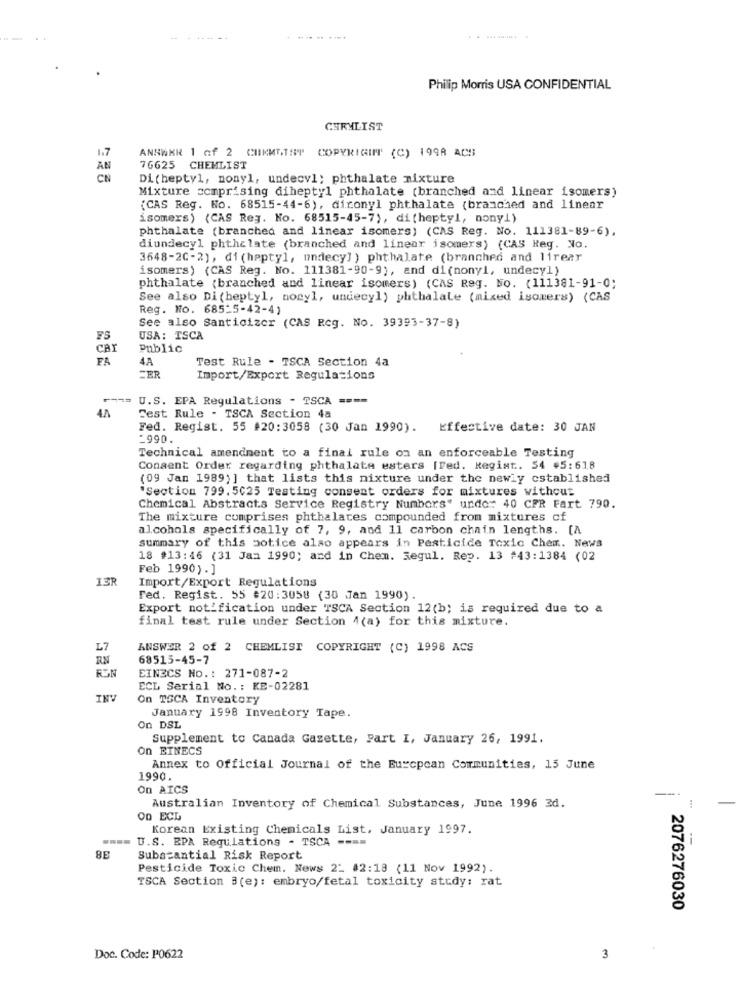
--
Philip Morris USA CONFIDENTIAL
CHRYLIST
ANSWER 1 of 2 CUKMEIST COPYRIGHT (C) 1998 ACS
1.7
AN
76625 CHEMLIST
CN
Di (heptyl, nonyl, undecv1; phthalate mixture
Mixture comprising diheptyl phthalate (branched and linear isomers)
(CAS Reg. No. 68515-44-6), dironyl phthalate (branched and linear
isomers) (CAS Reg. No. 68515-45-7), di (heptyl, nonyl)
phthalate (branched and linear isomers) (CAS Reg. No. 111381-89-6),
diundecyl phthelate (branched and linear isomers) (CAS Reg. No.
3648-20-2), di (heptyl, undecy] ) phthalate (branched and lirear
isomers) (CAS Reg. No. 111381-90-9), and di(nonyl, undecy1)
phthalate (branched and linear isomers) (CAS Reg. No. (111381-91-0;
See also Di (heptyl, nonyl, undecyl) phthalale (mixed isomers) (CAS
Reg. No. 685:5-42-4)
See also Santicizcr (CAS Reg. No. 39393-37-8)
USA: ISCA
CAY
Public
FA
4A
Test Rule - TSCA Section 4a
-ER
Import/Export Regulations
U.S. EPA Regulations - TSCA ====
4.A
Fest Rule - TSCA Section 4a
Fed. Regist. 55 #20:3058 (30 Jan 1990). Effective date: 30 JAN
_990.
Technical amendment to a final rule on an enforceable Testing
Consent Order regarding phthalate esters [Fed. Regist. 54 #5:618
(09 Jan 1989) ] that lists this mixture under the newly established
"Section 799. 5025 Testing consent orders for mixtures without
Chemical Abstracts Service Registry Numbers" under 40 CPR Fart 790.
The mixture comprises phthalates compounded from mixtures of
alcohols specifically of 7, 9, and 11 carbon chain lengths. [A
summary of this notice also appears in Pesticide Toxic Chem. News
18 #13:46 (31 Jan 1990; and in Chem. Regul. Rep. 13 #43:1384 (02
Feb 1990).]
I3R
Import/Export Regulations
Fed. Regist. 55 #20:3058 (30 Jan 1990).
Export notification under TSCA Section 12(b; is required due to a
final test rule under Section 4(a) for this mixture.
L7
ANSWER 2 of 2 CHEMLIST COPYRIGHT (C) 1998 ACS
RN
68515-45-7
FON
EINECS No .: 271-087-2
ECL Serial No .: KE-02281
INV
On TSCA Inventory
January 1998 Inventory Tape.
On DSL
Supplement to Canada Gazette, Part I, January 26, 1991.
on EINECS
Annex to Official Journal of the European Communities, 15 June
1990
on AICS
Australian Inventory of Chemical Substances, June 1996 3d.
On ECL
Korean Existing Chemicals List, January 1997.
==== U.S. EPA Regulations - TSCA ----
8E
Substantial Risk Report
Pesticide Toxic Chem. News 2: 42:18 (11 Nov 1992).
TSCA Section 3(e): embryo/fetal toxicity study: rat
2076276030
Doc. Code: P0622
3